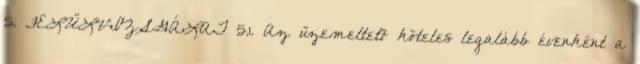
5. FELÜLVIZSGÁLAT 5.1. Az üzemeltetõ köteles legalább évenként a